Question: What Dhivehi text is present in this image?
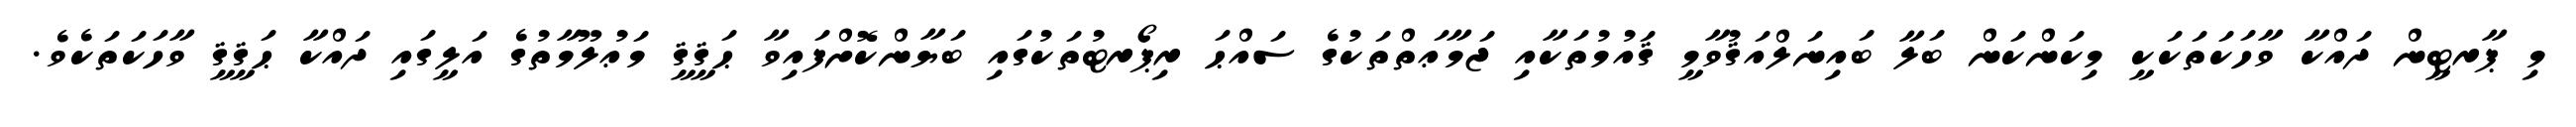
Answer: މި ޕާރޓީން ދައްކާ ވާހަކަތަކަކީ މިކަންކަން ބަލާ ބައިނަލްއަޤުވާމީ ޤައުމުތަކާއި ޖަމާޢަތްތަކުގެ ސައްޙަ ރިޕޯރޓުތަކުގައި ބަޔާންކޮށްފައިވާ ޙަޤީޤީ މަޢުލޫމާތުގެ އަލީގައި ދައްކާ ޙަޤީޤީ ވާހަކަތަކެވެ.